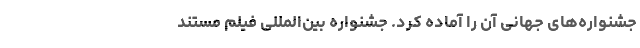
جشنواره‌های جهانی آن را آماده کرد. جشنواره بین‌المللی فیلم مستند